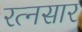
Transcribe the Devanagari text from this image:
रत्नसार